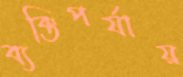
ব্যক্তিপর্যায়